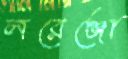
লরেঞ্জো